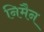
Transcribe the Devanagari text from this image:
निमैन